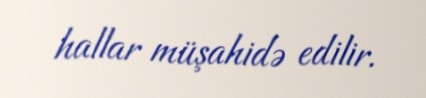
hallar müşahidə edilir.